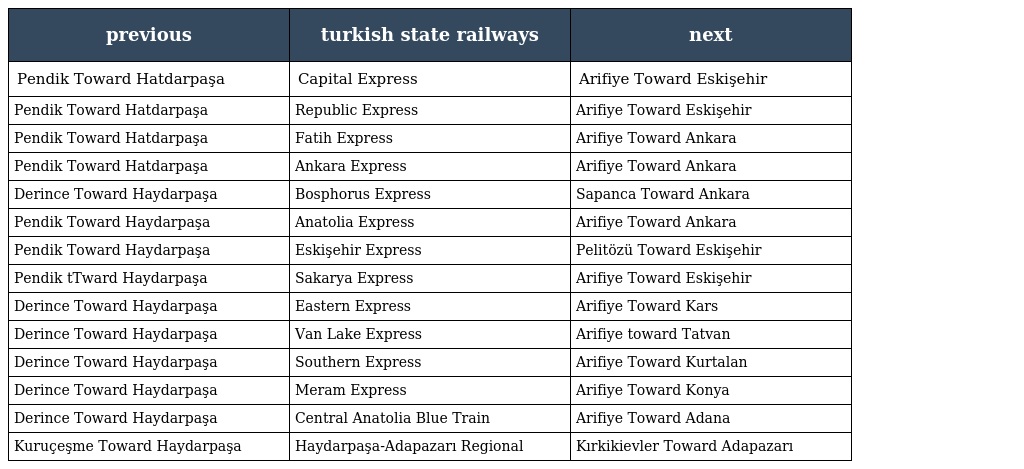
| previous | turkish state railways | next |
 | --- | --- | --- |
 | Pendik Toward Hatdarpaşa | Capital Express | Arifiye Toward Eskişehir |
 | Pendik Toward Hatdarpaşa | Republic Express | Arifiye Toward Eskişehir |
 | Pendik Toward Hatdarpaşa | Fatih Express | Arifiye Toward Ankara |
 | Pendik Toward Hatdarpaşa | Ankara Express | Arifiye Toward Ankara |
 | Derince Toward Haydarpaşa | Bosphorus Express | Sapanca Toward Ankara |
 | Pendik Toward Haydarpaşa | Anatolia Express | Arifiye Toward Ankara |
 | Pendik Toward Haydarpaşa | Eskişehir Express | Pelitözü Toward Eskişehir |
 | Pendik tTward Haydarpaşa | Sakarya Express | Arifiye Toward Eskişehir |
 | Derince Toward Haydarpaşa | Eastern Express | Arifiye Toward Kars |
 | Derince Toward Haydarpaşa | Van Lake Express | Arifiye toward Tatvan |
 | Derince Toward Haydarpaşa | Southern Express | Arifiye Toward Kurtalan |
 | Derince Toward Haydarpaşa | Meram Express | Arifiye Toward Konya |
 | Derince Toward Haydarpaşa | Central Anatolia Blue Train | Arifiye Toward Adana |
 | Kuruçeşme Toward Haydarpaşa | Haydarpaşa-Adapazarı Regional | Kırkikievler Toward Adapazarı |